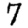
Digit: 7